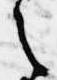
之